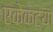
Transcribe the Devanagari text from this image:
एकेकट्या